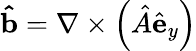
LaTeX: \mathbf{\hat{b}}=\nabla\times\left(\hat{A}\hat{\mathbf{e}}_{y}\right)